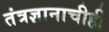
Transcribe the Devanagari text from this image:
तंत्रज्ञानाचीही